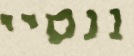
ננסיי